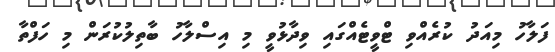
ފަލާހު މިއަދު ކުރެއްވި ޓްވީޓެއްގައި ވިދާޅުވީ މި އިސްލާހު ބާތިލުކުރަން މި ހަފްތާ